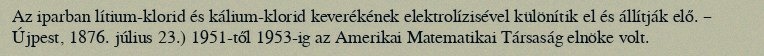
Az iparban lítium-klorid és kálium-klorid keverékének elektrolízisével különítik el és állítják elő. – Újpest, 1876. július 23.) 1951-től 1953-ig az Amerikai Matematikai Társaság elnöke volt.